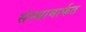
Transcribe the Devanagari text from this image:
संस्थामार्फत